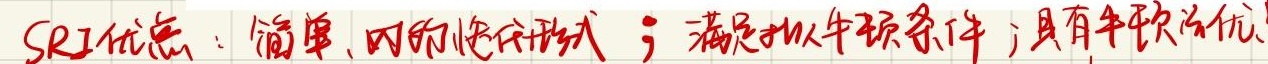
SRI优点：简单、时的隐式形式；满足拟牛顿条件；具有牛顿法优点。